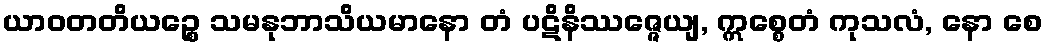
ယာဝတတိယဉ္စေ သမနုဘာသိယမာနော တံ ပဋိနိဿဇ္ဇေယျ, ဣစ္စေတံ ကုသလံ, နော စေ